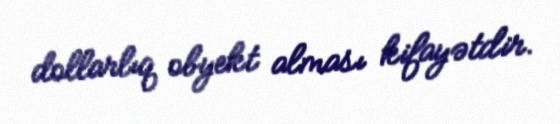
dollarlıq obyekt alması kifayətdir.